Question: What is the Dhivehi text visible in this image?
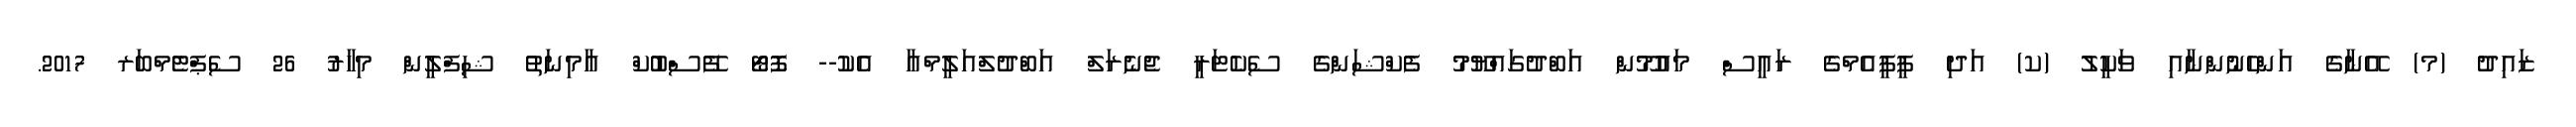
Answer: ޒައިދު (މ) އޭނާގެ އަންހެނުންނާއި ވަކީލު (ކ) އަދި ޕީޕީއެމްގެ ރައީސް މައުމޫން އަބްދުގައްޔޫމު ފެކްޝަންގެ ސެކެޓަރީ ޖެނެރަލް އަބްދުލްއަލީމްއާ އެކު-- ފޮޓޯ ފޭސްބުކް އާމިނަތު ޝިފްލީން މިހާރު 26 ސެޕްޓެމްބަރ 2017.